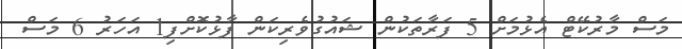
މަސް މާރުކޭޓް އެޅުމަށް 5 ފަރާތަކުން ޝައުގުވެރިކަން ފާޅުކޮށްފި1 އަހަރު 6 މަސް